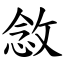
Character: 敜